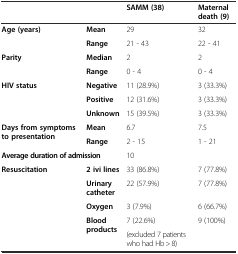
| <COLSPAN=2>  | SAMM (38) | Maternal death (9) |
 | --- | --- | --- | --- |
 | <ROWSPAN=2> Age (years) | Mean | 29 | 32 |
 | Range | 21 - 43 | 22 - 41 |
 | <ROWSPAN=2> Parity | Median | 2 | 2 |
 | Range | 0 - 4 | 0 - 4 |
 | <ROWSPAN=3> HIV status | Negative | 11 (28.9%) | 3 (33.3%) |
 | Positive | 12 (31.6%) | 3 (33.3%) |
 | Unknown | 15 (39.5%) | 3 (33.3%) |
 | <ROWSPAN=2> Days from symptoms to presentation | Mean | 6.7 | 7.5 |
 | Range | 2 - 15 | 1 - 21 |
 | <COLSPAN=2> Average duration of admission | 10 |  |
 | <ROWSPAN=5> Resuscitation | 2 ivi lines | 33 (86.8%) | 7 (77.8%) |
 | Urinary catheter | 22 (57.9%) | 7 (77.8%) |
 | Oxygen | 3 (7.9%) | 6 (66.7%) |
 | <ROWSPAN=2> Blood products | 7 (22.6%) | 9 (100%) |
 | (excluded 7 patients who had Hb > 8) |  |